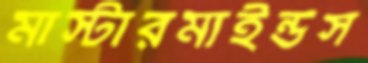
মাস্টারমাইন্ডস